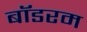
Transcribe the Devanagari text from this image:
बॉडरम